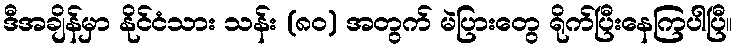
ဒီအချိန်မှာ နိုင်ငံသား သန်း (၈ဝ) အတွက် မဲပြားတွေ ရိုက်ပြီးနေကြပါပြီ။